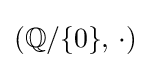
\left(\mathbb {Q} /\{0\},\,\cdot \right)